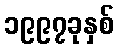
၁၉၉၇ခုနှစ်